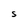
Character: S